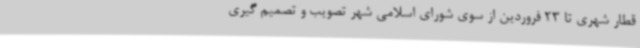
قطار شهری تا 23 فروردین از سوی شورای اسلامی شهر تصویب و تصمیم گیری